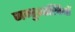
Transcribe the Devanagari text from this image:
जन्तुशास्त्रियों